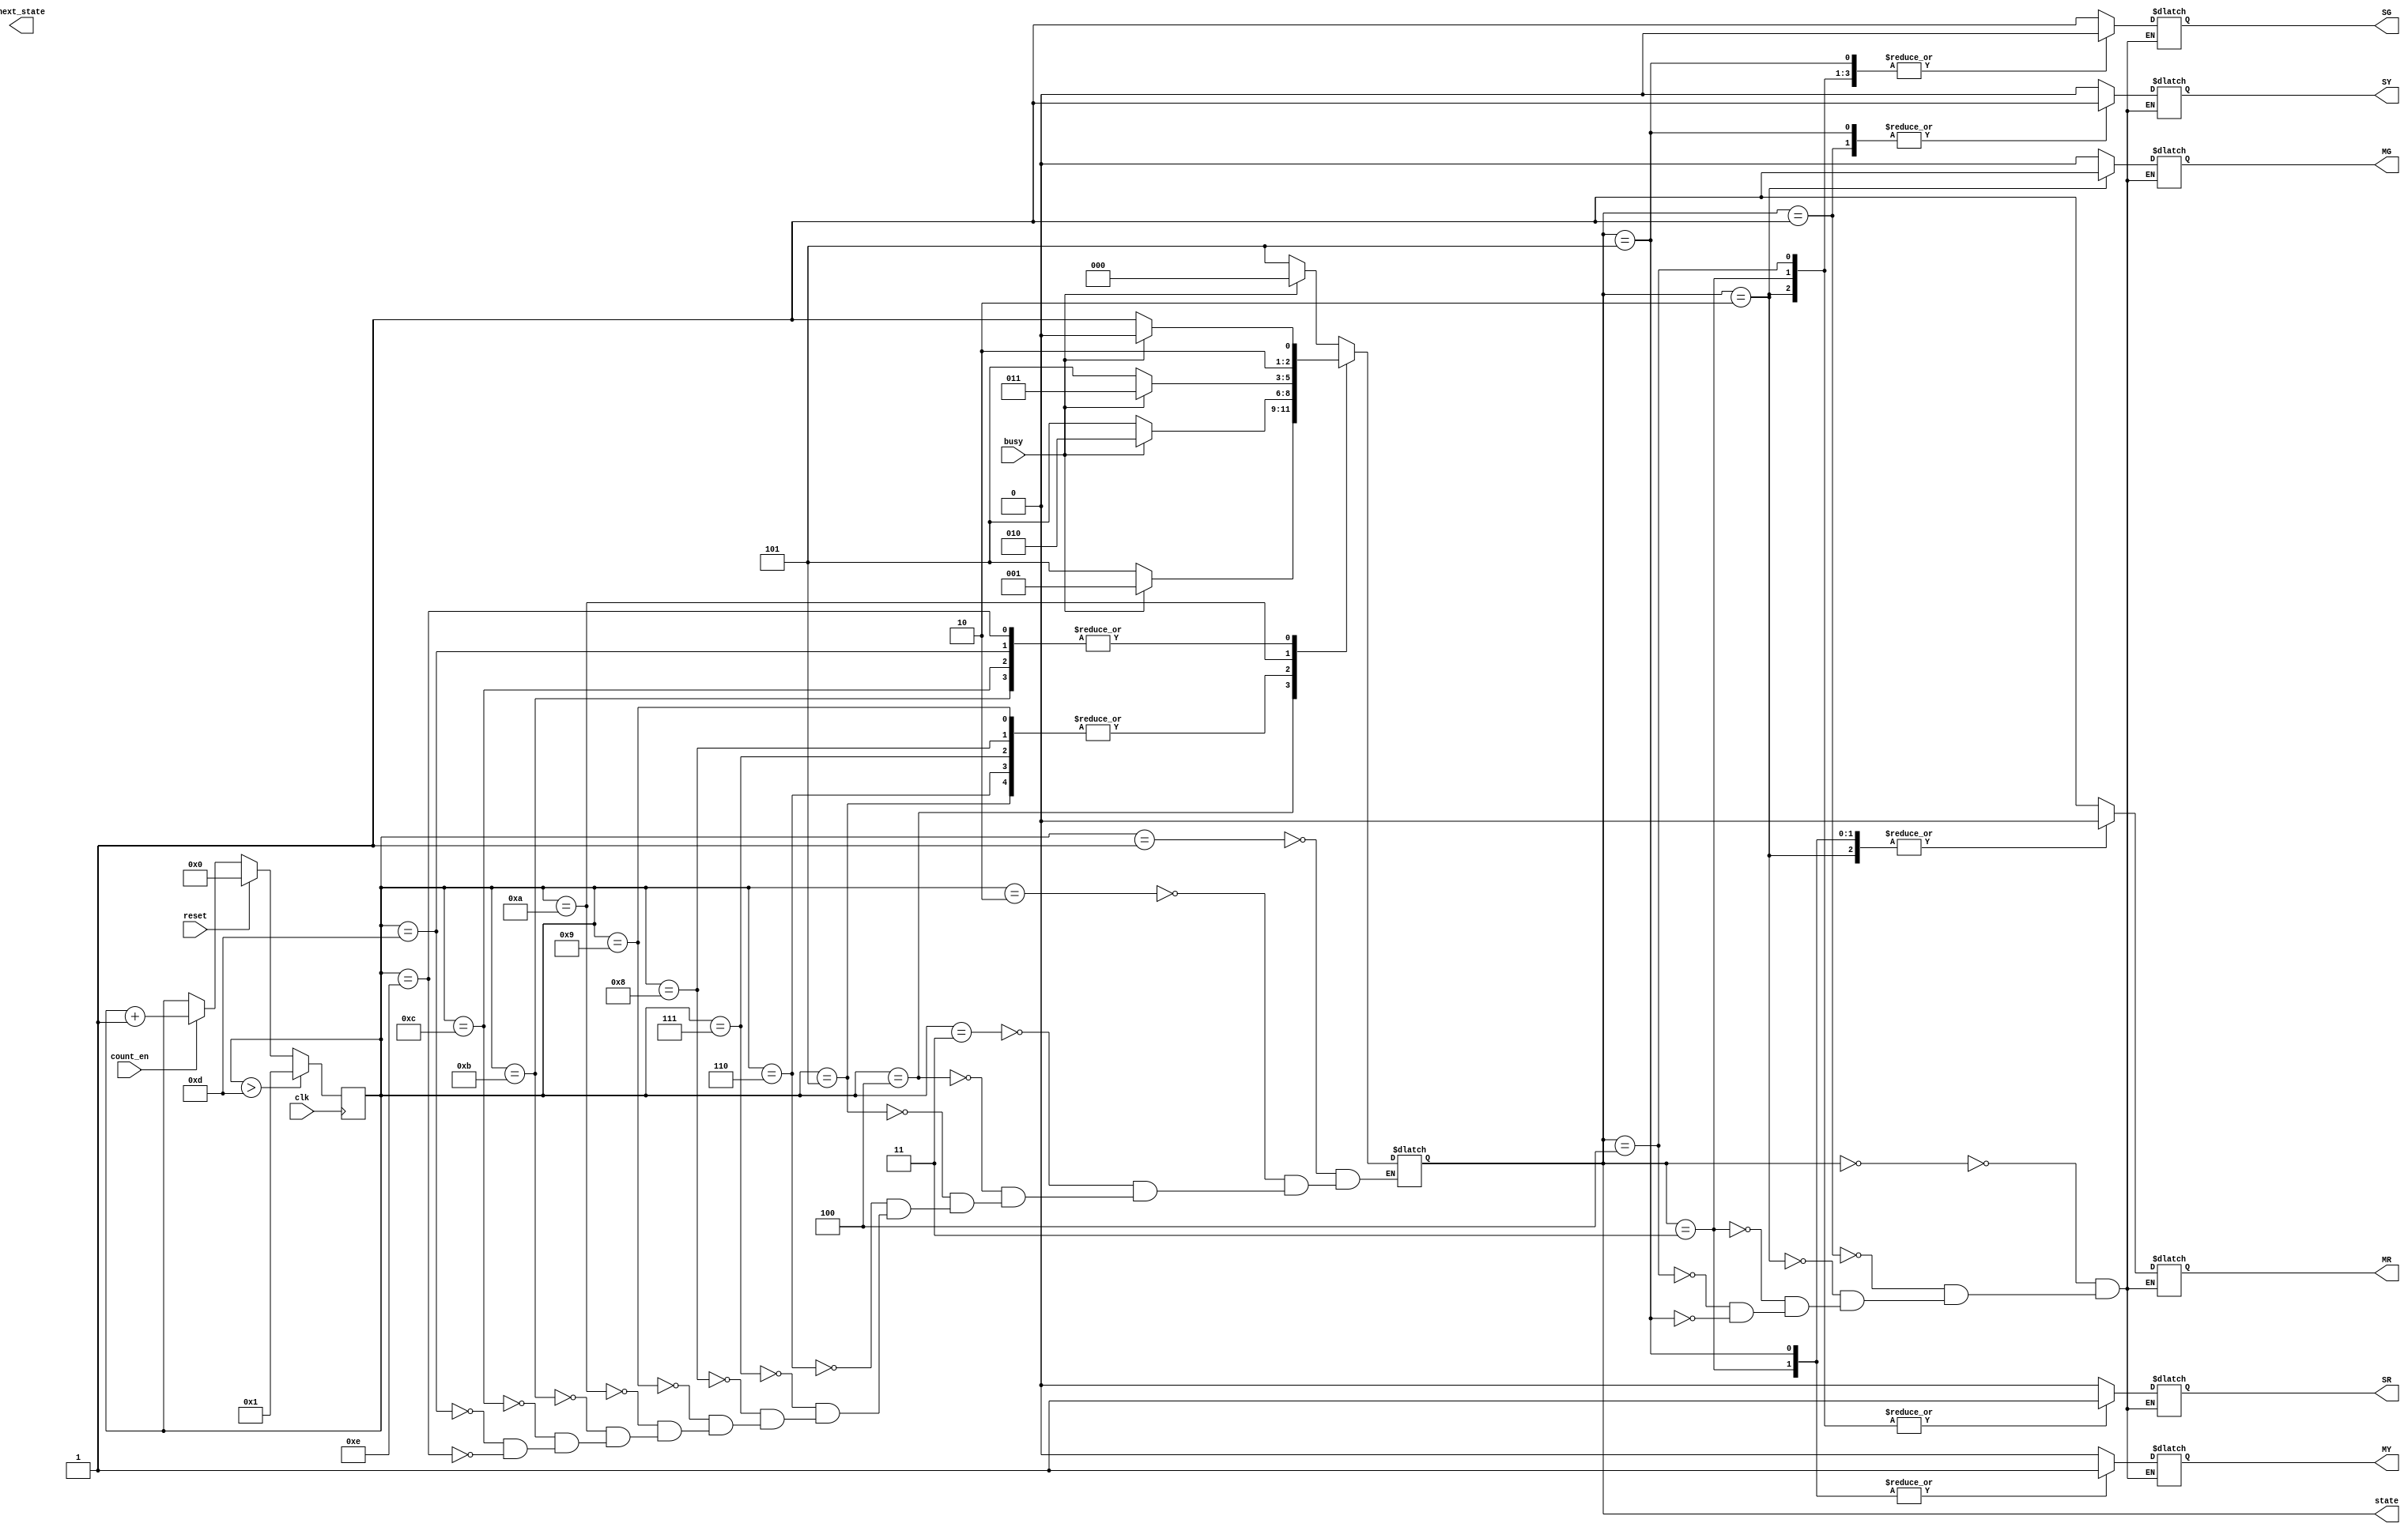
module TLC (clk,reset,busy,count_en,MR,MG,MY,SR,SG,SY,state,next_state);
input clk,reset,busy,count_en;
output reg MR,MG,MY,SR,SG,SY;
output reg [2:0] state,next_state;
reg [3:0] count;



always@(posedge clk)

if (count>4'd13)
count=4'd1;
else
if (reset)
count=0;
else
if(count_en)
count=count+1'd1;


always@(*)

case(count)
4'd1:state=(busy)?3'd0:3'd5;

4'd2:state=(busy)?3'd0:3'd5;

4'd3:state=(busy)?3'd0:3'd5;

4'd4:state=(busy)?3'd1:3'd5;

4'd5:state=(busy)?3'd2:3'd5;

4'd6:state=(busy)?3'd2:3'd5;

4'd7:state=(busy)?3'd2:3'd5;

4'd8:state=(busy)?3'd2:3'd5;

4'd9:state=(busy)?3'd2:3'd5;

4'd10:state=(busy)?3'd3:3'd5;

4'd11:state=(busy)?3'd4:3'd5;

4'd12:state=(busy)?3'd4:3'd5;

4'd13:state=(busy)?3'd4:3'd5;

4'd14:state=(busy)?3'd4:3'd5;

default:state=state;
endcase 


always@(*)

case(state)
3'd0:begin
     MR=1'd1;
	  MG=1'd0;
	  MY=1'd0;
	  SR=1'd0;
	  SG=1'd1;
	  SY=1'd0;
	  end
3'd1:begin
     MR=1'd1;
	  MG=1'd0;
	  MY=1'd0;
	  SR=1'd0;
	  SG=1'd0;
	  SY=1'd1;
	  end
3'd2:begin
     MR=1'd0;
	  MG=1'd1;
	  MY=1'd0;
	  SR=1'd1;
	  SG=1'd0;
	  SY=1'd0;
	  end
3'd3:begin
     MR=1'd0;
	  MG=1'd0;
	  MY=1'd1;
	  SR=1'd1;
	  SG=1'd0;
	  SY=1'd0;
	  end
3'd4:begin
     MR=1'd1;
	  MG=1'd0;
	  MY=1'd0;
	  SR=1'd1;
	  SG=1'd0;
	  SY=1'd0;
	  end
3'd5:begin
     MR=1'd0;
	  MG=1'd0;
	  MY=1'd1;
	  SR=1'd0;
	  SG=1'd0;
	  SY=1'd1;
	  end
endcase

endmodule